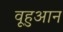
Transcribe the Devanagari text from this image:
वूहुआन